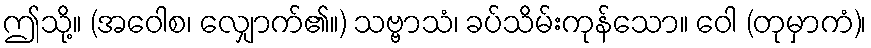
ဤသို့။ (အဝေါစ၊ လျှောက်၏။) သဗ္ဗာသံ၊ ခပ်သိမ်းကုန်သော။ ဝေါ (တုမှာကံ)၊